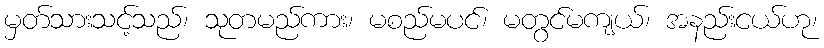
မှတ်သားသင့်သည်၊ သုတမည်ကား၊ မစည်မပင်၊ မတွင်မကျယ်၊ အနည်းငယ်ဟု၊